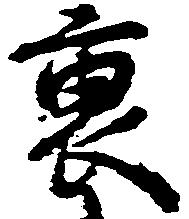
裏